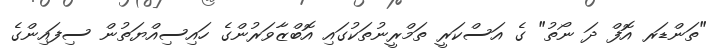
"ތަންޑަރ އޮފް ދަ ނޯތު" ގެ އަސްކަރީ ތަމްރީނުތަކުގައި އޮބްޒާވަރުންގެ ހައިސިއްޔަތުން ސިފައިންގެ